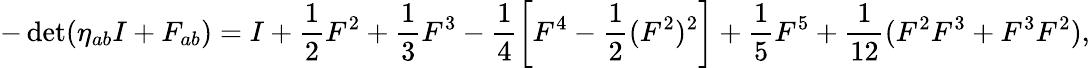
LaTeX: -\operatorname*{det}(\eta_{ab}I+F_{ab})=I+\frac{1}{2}F^{2}+\frac{1}{3}F^{3}-\frac{1}{4}\left[F^{4}-\frac{1}{2}(F^{2})^{2}\right]+\frac{1}{5}F^{5}+\frac{1}{12}(F^{2}F^{3}+F^{3}F^{2}),